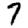
Digit: 7